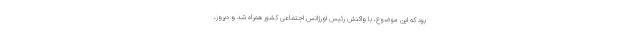
بود که این موضوع، با واکنش رئیس اورژانس اجتماعی کشور همراه شد و دیروز،